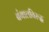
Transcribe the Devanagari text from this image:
बंगालविरुद्ध